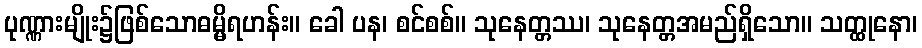
ပုဏ္ဏားမျိုး၌ဖြစ်သောဓမ္မိရဟန်း။ ခေါ ပန၊ စင်စစ်။ သုနေတ္တဿ၊ သုနေတ္တအမည်ရှိသော။ သတ္ထုနော၊